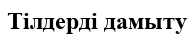
Тілдерді дамыту